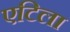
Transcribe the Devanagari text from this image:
एटिला